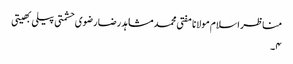
مناظر اسلام مولانا مفتی محمد مشاہد رضا رضوی حشمتی پیلی بھیتی
۴۔